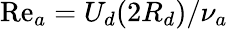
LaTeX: \mathrm{Re}_{a}=U_{d}(2R_{d})/\nu_{a}